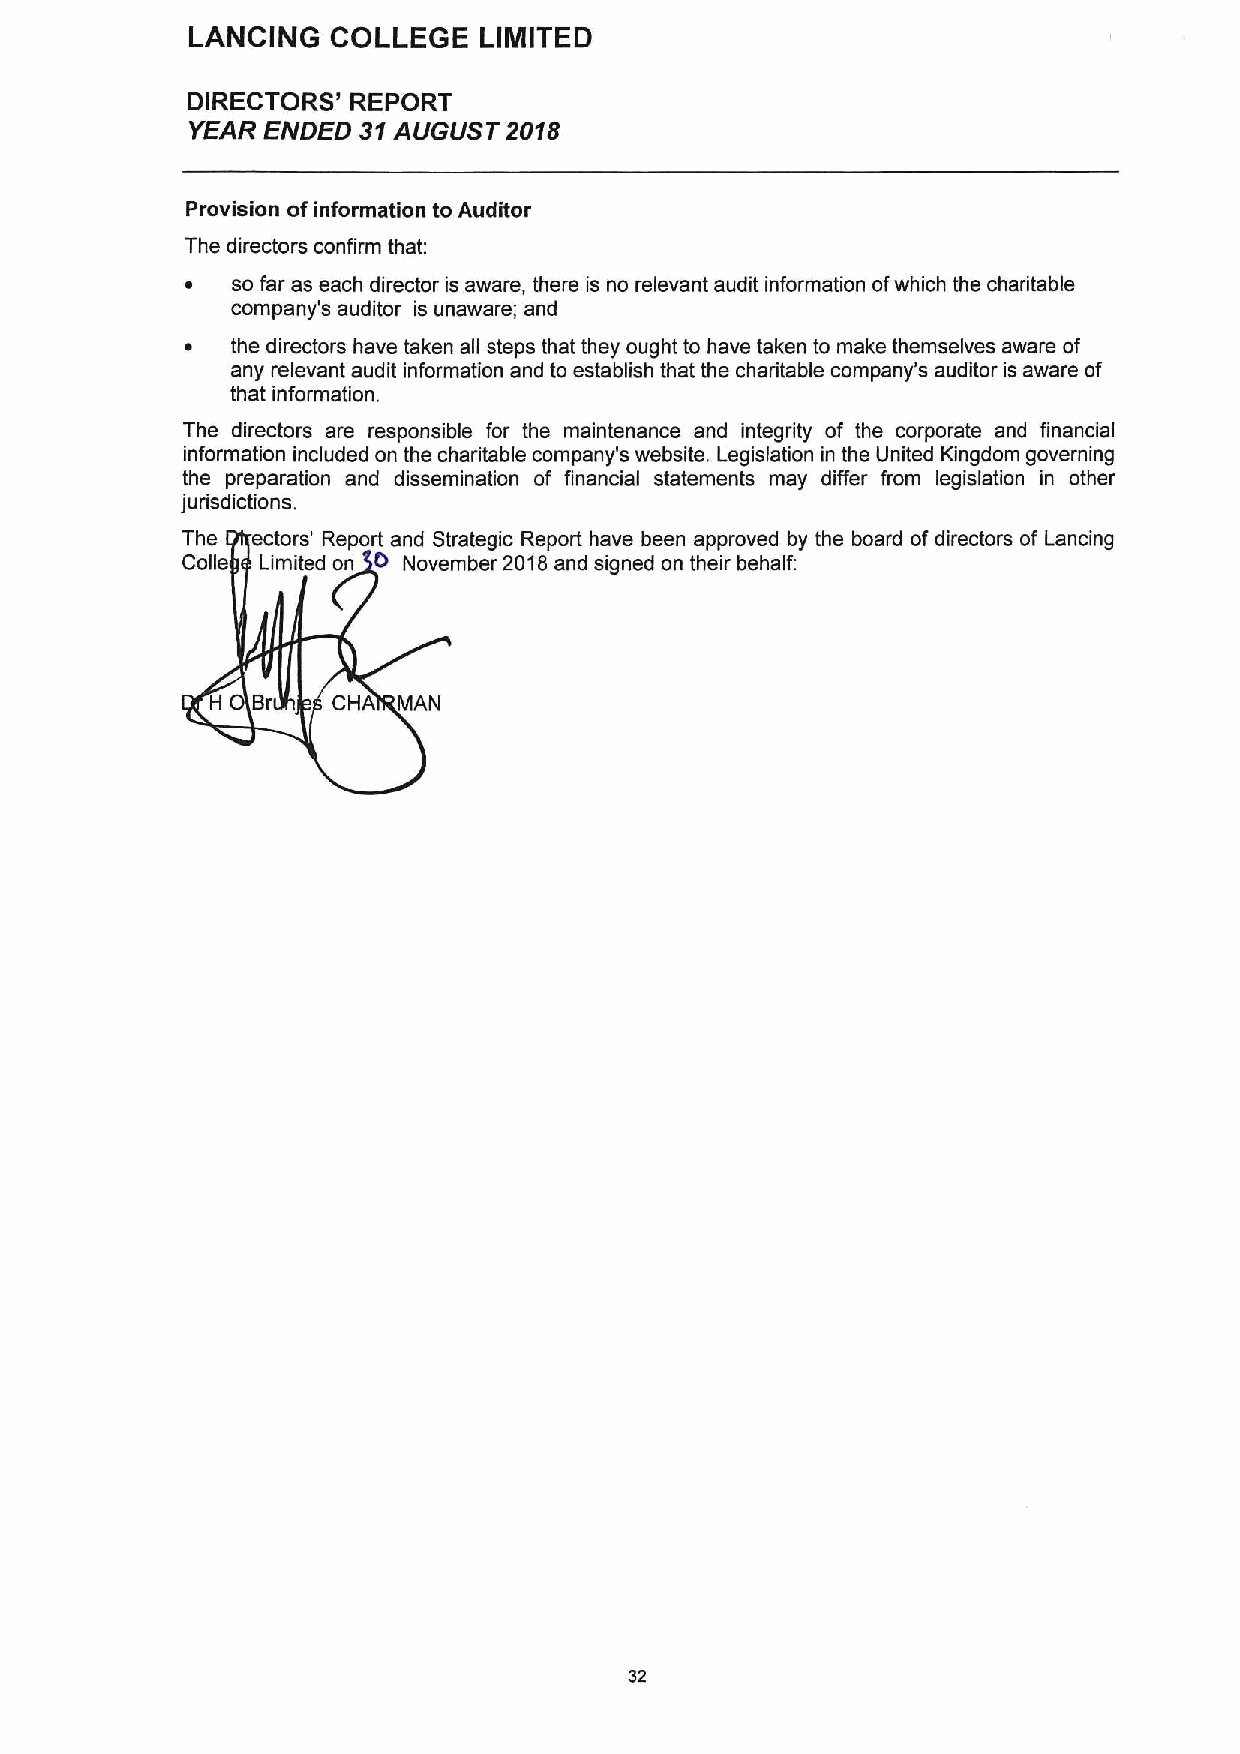
LANCING   COLLEGE   LIMITED
 DIRECTORS' REPORT
 YEAR ENDED 31AUGUST 2018
 Provision ofinformation to Auditor
 The directors confirm that:
 ~  so far as each director is aware, there is no relevant audit information ofwhich the charitable
 company's auditor is unaware; and
 ~  the directors have taken all steps that they ought to have taken to make themselves aware of
 any relevant audit information and to establish that the charitable company's auditor is aware of
 that information.
 The directors are responsible for the maintenance and integrity of the corporate and financial
 information included on the charitable company's website. Legislation in the United Kingdom governing
 the preparation and dissemination of financial statements may differ from legislation in other
 jurisdictions.
 The  ectors' Report and Strategic Report have been approved by the board ofdirectors of Lancing
 0
 Colic Limited on November 2018and signed on their behalf:
 Br   CHA MAN
 32